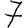
Digit: 7